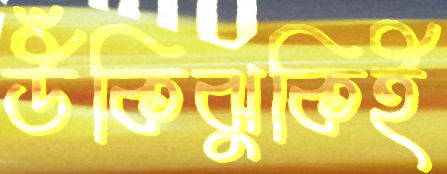
উঁকিঝুকিই